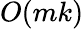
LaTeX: O(mk)